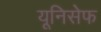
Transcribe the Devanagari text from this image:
यूनिसेेफ